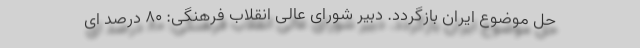
حل موضوع ایران بازگردد. دبیر شورای عالی انقلاب فرهنگی: ۸۰ درصد ای